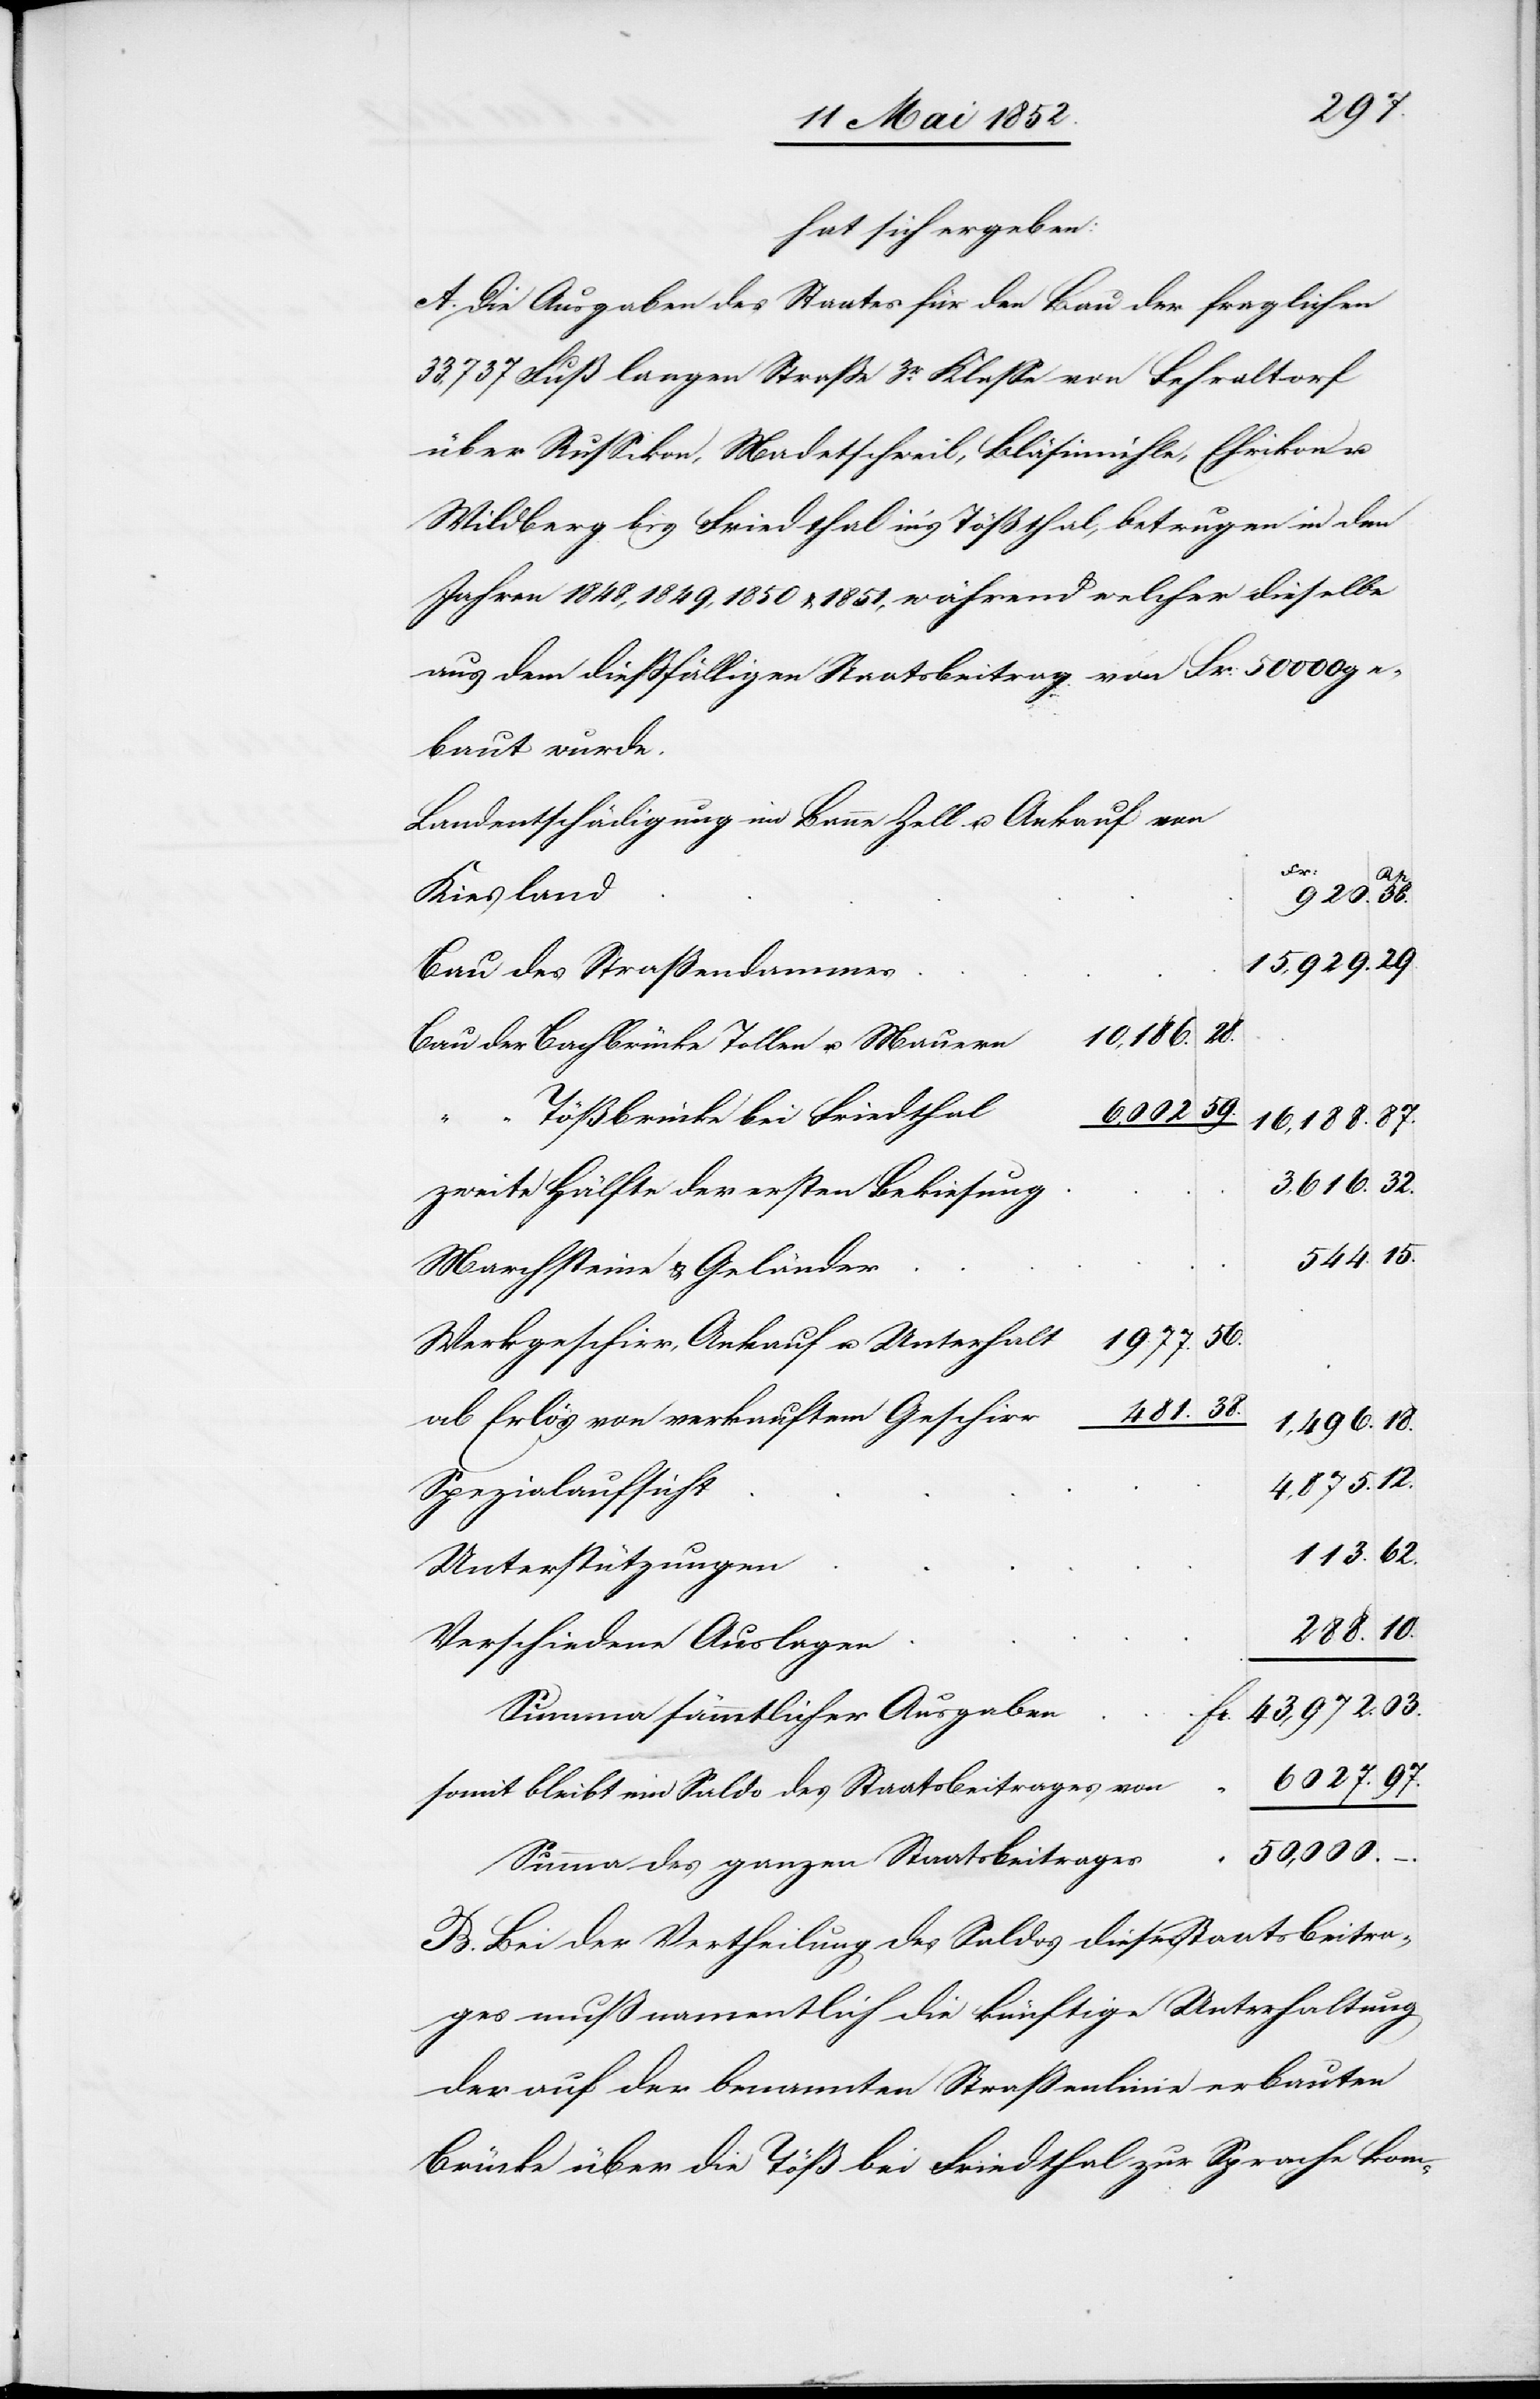
97.
hat sich ergeben:
A. Die Ausgaben des Staates für den Bau der fraglichen
33,737 Fuß langen Strasse 3r. Klasse von Fehraltorf
über Russikon, Madetschweil, Bläsimühle, Ehrikon u.
Wildberg bis Friedthal in’s Tößthal, betrugen in den
Jahren 1848, 1849, 1850 & 1851, während welcher dieselbe
aus dem diessfälligen Staatsbeitrag von Fr. 50 000 ge¬
baut wurde.
Landentschädigung im Banne Zell u. Ankauf von
Fr:
Kiesland
920.
15,929.
Bau des Straßendammes
1,496.
Bau der Bachbrücke[,] Tollen u. Mauern
59.
Tößbrücke bei Friedthal
6027.
zweite Hälfte der ersten Bekiesung
3,616.
Marchsteine & Geländer
56.
1977.
Werkgeschirr, Ankauf u. Unterhalt
38.
481.
ab Erlös von verkauftem Geschirr
Spezialaufsicht
03.
113.
Unterstützungen
10.
–.
Verschiedene Auslagen
43,972.
Summa sämmtlicher Ausgaben
Fr.
somit bleibt ein Saldo des Staatsbeitrages von
50,000.
Summa des ganzen Staatsbeitrages
B. Bei der Vertheilung des Saldos dieses Staatsbeitra¬
ges muß namentlich die künftige Unterhaltung
der auf der benannten Straßenlinie erbauten
Brücke über die Töß bei Friedthal zur Sprache kom-